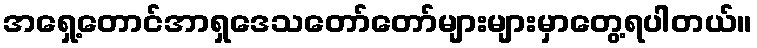
အရှေ့တောင်အာရှဒေသတော်တော်များများမှာတွေ့ရပါတယ်။